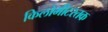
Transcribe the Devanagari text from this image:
किलोमीटरतक